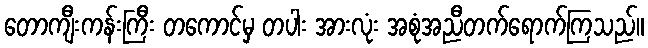
တောကျီးကန်းကြီး တကောင်မှ တပါး အားလုံး အစုံအညီတက်ရောက်ကြသည်။